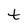
Character: t